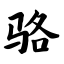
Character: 骆